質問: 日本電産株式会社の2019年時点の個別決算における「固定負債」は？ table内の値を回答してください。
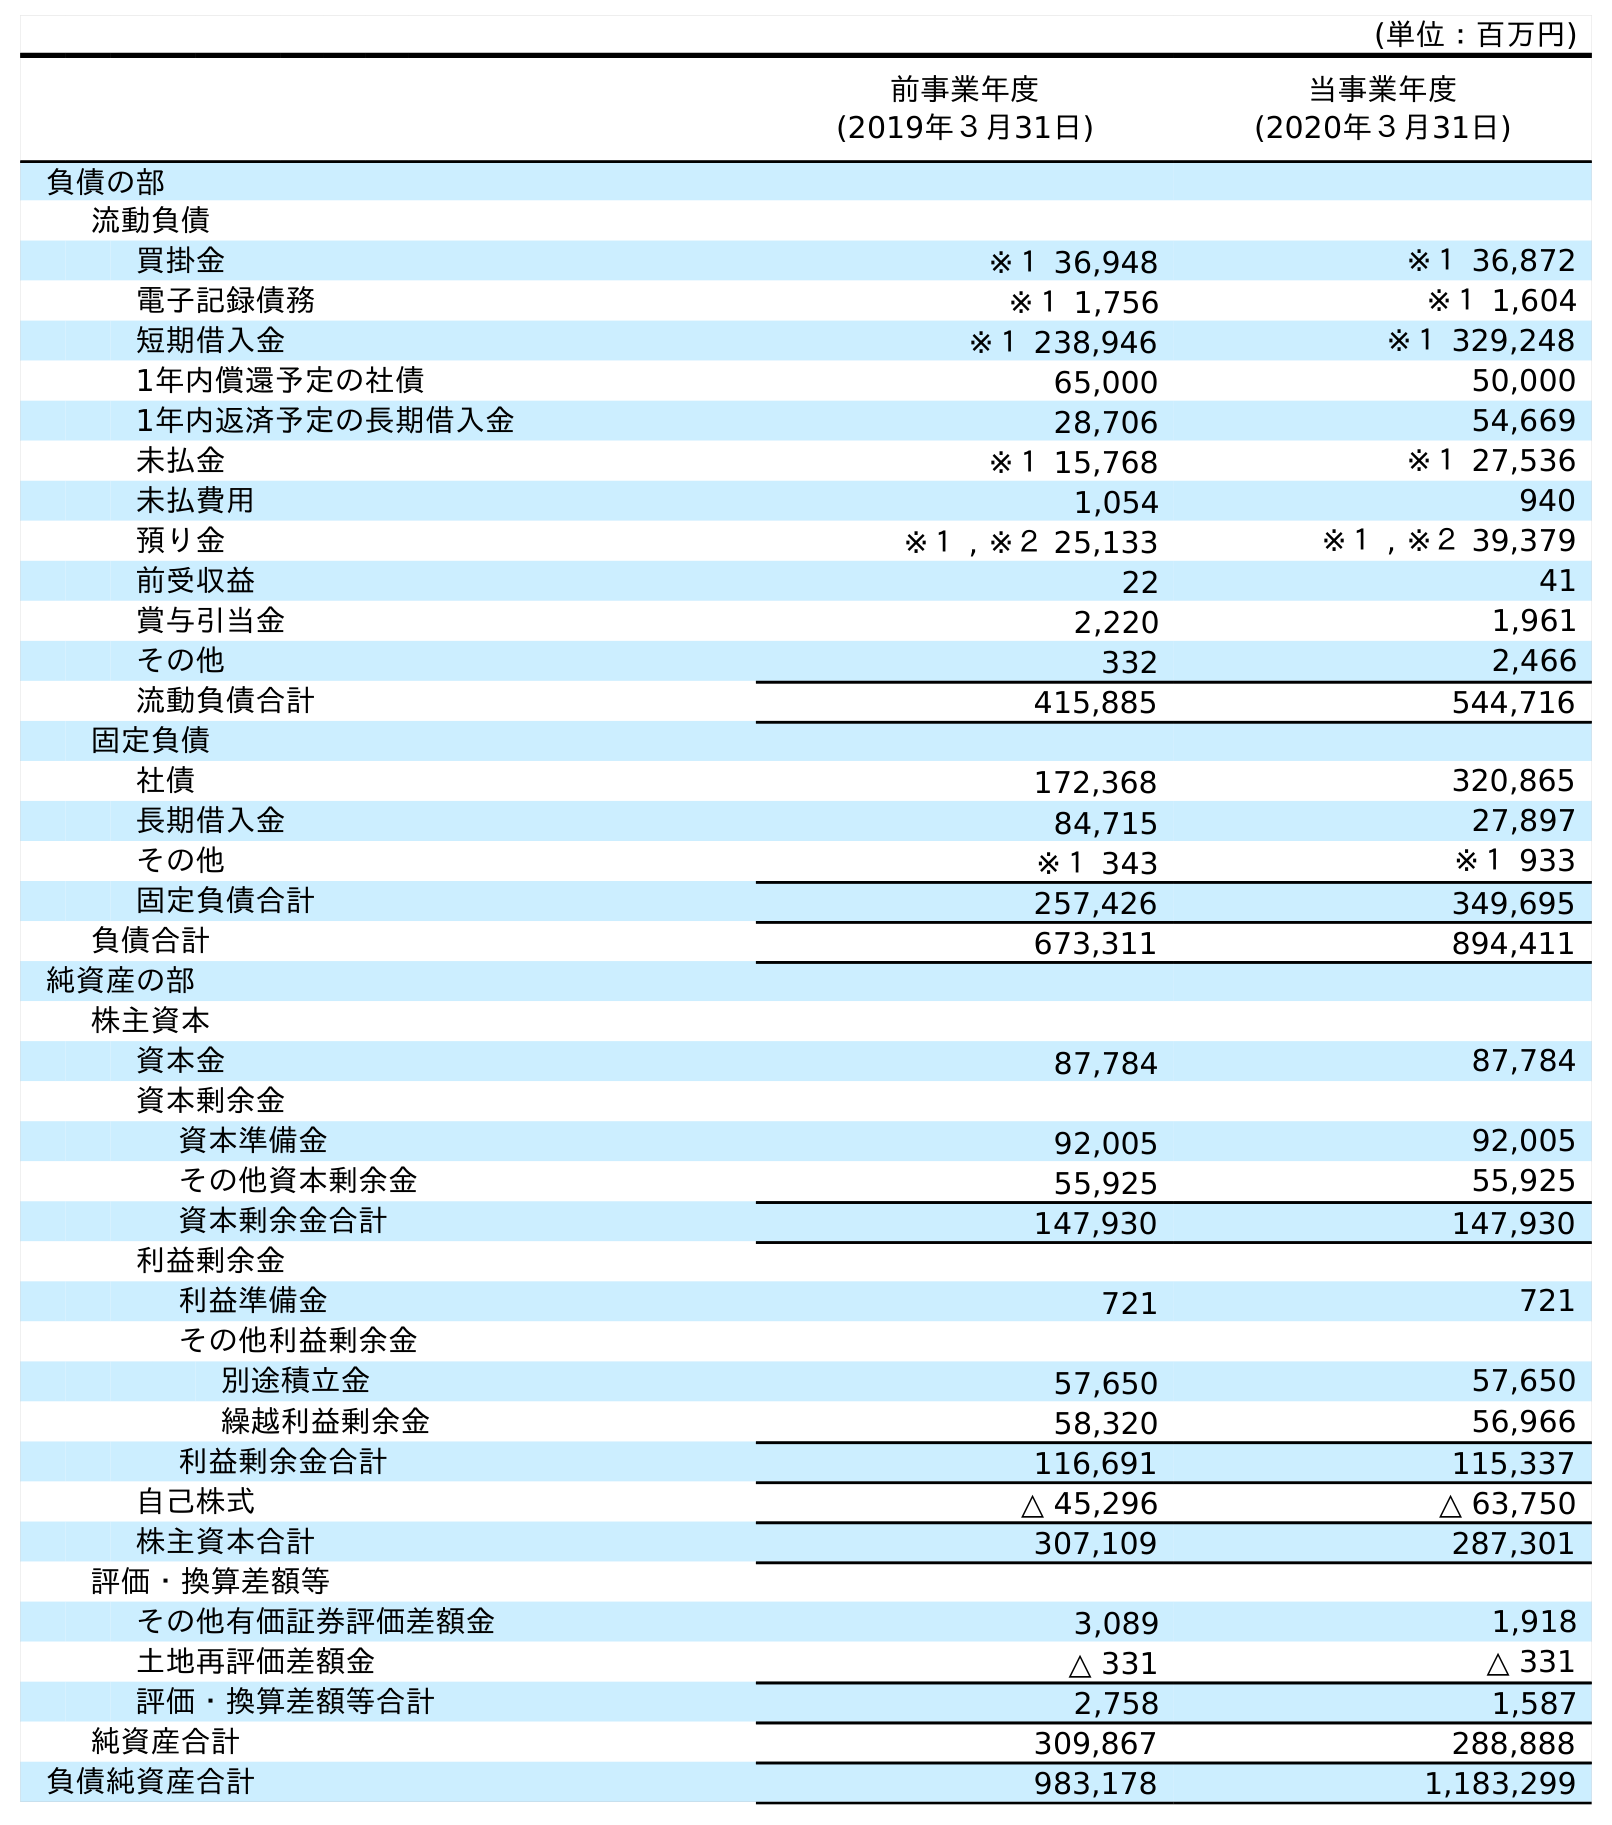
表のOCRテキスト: (単位：百万円) 前事業年度 (2019年３月31日) 当事業年度 (2020年３月31日) 負債の部 流動負債 買掛金 ※１ 36,948 ※１ 36,872 電子記録債務 ※１ 1,756 ※１ 1,604 短期借入金 ※１ 238,946 ※１ 329,248 1年内償還予定の社債 65,000 50,000 1年内返済予定の長期借入金 28,706 54,669 未払金 ※１ 15,768 ※１ 27,536 未払費用 1,054 940 預り金 ※１ , ※２ 25,133 ※１ , ※２ 39,379 前受収益 22 41 賞与引当金 2,220 1,961 その他 332 2,466 流動負債合計 415,885 544,716 固定負債 社債 172,368 320,865 長期借入金 84,715 27,897 その他 ※１ 343 ※１ 933 固定負債合計 257,426 349,695 負債合計 673,311 894,411 純資産の部 株主資本 資本金 87,784 87,784 資本剰余金 資本準備金 92,005 92,005 その他資本剰余金 55,925 55,925 資本剰余金合計 147,930 147,930 利益剰余金 利益準備金 721 721 その他利益剰余金 別途積立金 57,650 57,650 繰越利益剰余金 58,320 56,966 利益剰余金合計 116,691 115,337 自己株式 △ 45,296 △ 63,750 株主資本合計 307,109 287,301 評価・換算差額等 その他有価証券評価差額金 3,089 1,918 土地再評価差額金 △ 331 △ 331 評価・換算差額等合計 2,758 1,587 純資産合計 309,867 288,888 負債純資産合計 983,178 1,183,299
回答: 257,426